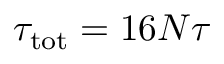
\tau _ { \mathrm { t o t } } = 1 6 N \tau